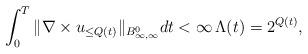
LaTeX: \begin{align*} \int_0^T \| \nabla \times u_{\leq Q(t)} \|_{B^{0}_{\infty,\infty}} dt <\infty \, \Lambda(t) = 2^{Q(t)} ,\end{align*}